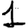
Digit: 1